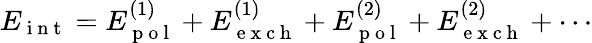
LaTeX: E_{\mathrm{~i~n~t~}}=E_{\mathrm{~p~o~l~}}^{(1)}+E_{\mathrm{~e~x~c~h~}}^{(1)}+E_{\mathrm{~p~o~l~}}^{(2)}+E_{\mathrm{~e~x~c~h~}}^{(2)}+\cdots